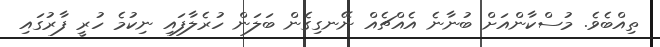
ތިއްބެވެ. މުސްކާންއަށް ބުނާނެ އެއްޗެއް ނޭނގިގެން ބަލަން ހުރެލާފައި ނިކުމެ ހުރީ ފާރުގައި